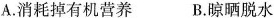
A. 消耗掉有机营养 B. 晾晒脱水